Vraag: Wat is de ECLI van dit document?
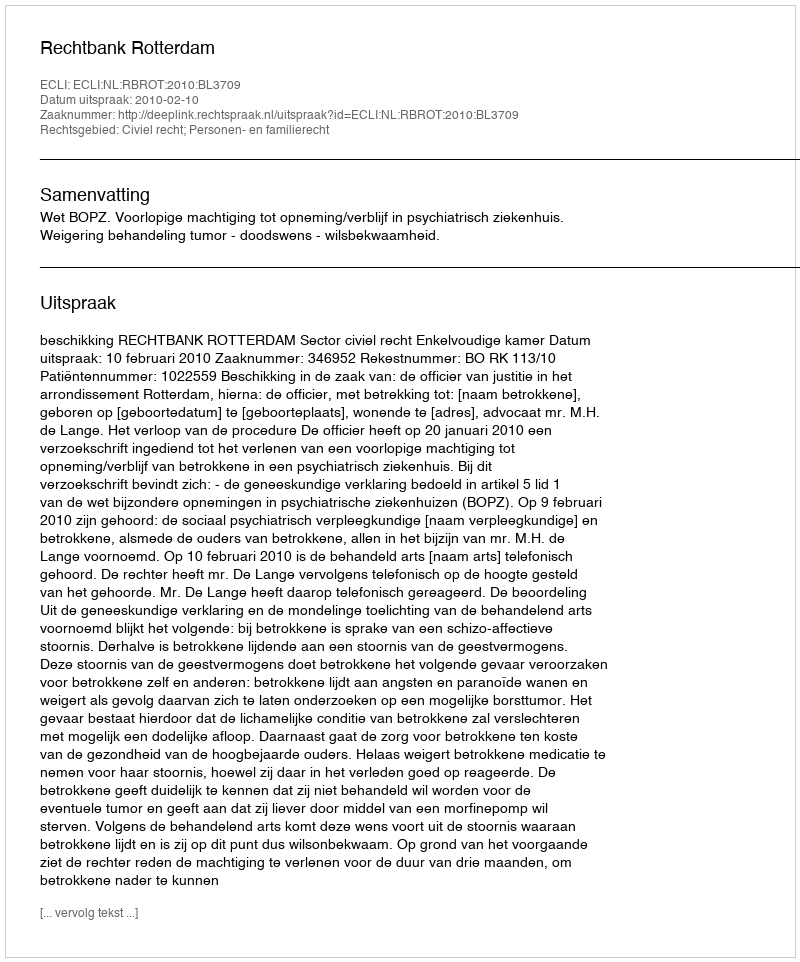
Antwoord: ECLI:NL:RBROT:2010:BL3709